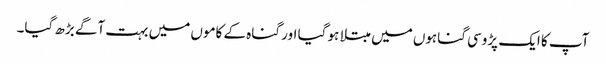
آپ کا ایک پڑوسی گناہوں میں مبتلا ہو گیا اور گناہ کے کاموں میں بہت آگے بڑھ گیا۔